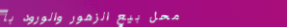
محل بيع الزهور والورود بأ